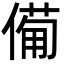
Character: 僃